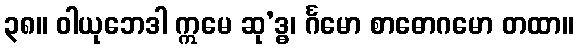
၃၈။ ဝါယုဘေဒါ ဣမေ ဆု’ဒ္ဓ၊ င်္ဂမော စာဓောဂမော တထာ။